Report of the Indian Hemp Drugs Commission, 1894-1895 - Volume II
Year: 1894
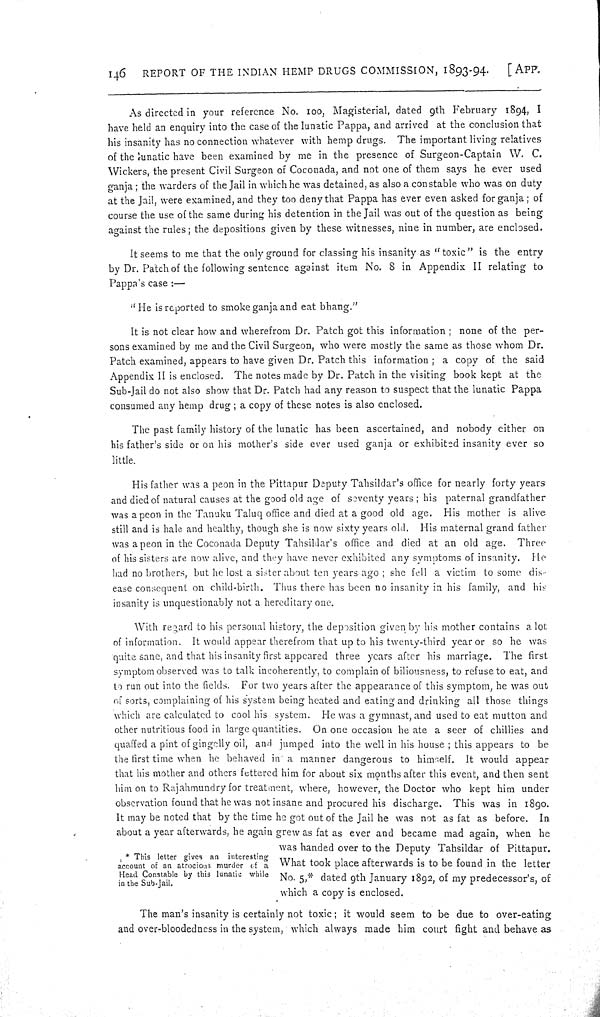
146
REPORT OF THE INDIAN HEMP DRUGS COMMISSION, 1893-94.
[APP.
As directed in your reference No. 100, Magisterial, dated 9th February 1894, I
have held an enquiry into the case of the lunatic Pappa, and arrived at the conclusion that
his insanity has no connection whatever with hemp drugs. The important living relatives
of the lunatic have been examined by me in the presence of Surgeon-Captain W. C.
Wickers, the present Civil Surgeon of Coconada, and not one of them says he ever used
ganja; the warders of the Jail in which he was detained, as also a constable who was on duty
at the Jail, were examined, and they too deny that Pappa has ever even asked for ganja; of
course the use of the same during his detention in the Jail was out of the question as being
against the rules; the depositions given by these witnesses, nine in number, are enclosed.
It seems to me that the only ground for classing his insanity as "toxic" is the entry
by Dr. Patch of the following sentence against item No. 8 in Appendix II relating to
Pappa's case:—
"He is reported to smoke ganja and eat bhang."
It is not clear how and wherefrom Dr. Patch got this information; none of the per
sons examined by me and the Civil Surgeon, who were mostly the same as those whom Dr.
Patch examined, appears to have given Dr. Patch this information; a copy of the said
Appendix II is enclosed. The notes made by Dr. Patch in the visiting book kept at the
Sub-Jail do not also show that Dr. Patch had any reason to suspect that the lunatic Pappa
consumed any hemp drug; a copy of these notes is also enclosed.
The past family history of the lunatic has been ascertained, and nobody either on
his father's side or on his mother's side ever used ganja or exhibited insanity ever so
little.
His father was a peon in the Pittapur Deputy Tahsildar's office for nearly forty years
and died of natural causes at the good old age of seventy years; his paternal grandfather
was a peon in the Tanuku Taluq office and died at a good old age. His mother is alive
still and is hale and healthy, though she is now sixty years old. His maternal grand father
was a peon in the Coconada Deputy Tahsildar's office and died at an old age. Three
of his sisters are now alive, and they have never exhibited any symptoms of insanity. He
had no brothers, but he lost a sister about ten years ago; she fell a victim to some dis
ease consequent on child-birth. Thus there has been no insanity in his family, and his
insanity is unquestionably not a hereditary one.
*This letter gives an interesting
account of an atrocious murder of a
Head Constable by this lunatic while
in the Sub-Jail.
With regard to his personal history, the deposition given by his mother contains a lot
of information. It would appear therefrom that up to his twenty-third year or so he was
quite sane, and that his insanity first appeared three years after his marriage. The first
symptom observed was to talk incoherently, to complain of biliousness, to refuse to eat, and
to run out into the fields. For two years after the appearance of this symptom, he was out
of sorts, complaining of his system being heated and eating and drinking all those things
which are calculated to cool his system. He was a gymnast, and used to eat mutton and
other nutritious food in large quantities. On one occasion he ate a seer of chillies and
quaffed a pint of gingelly oil, and jumped into the well in his house; this appears to be
the first time when he behaved in a manner dangerous to himself. It would appear
that his mother and others fettered him for about six months after this event, and then sent
him on to Rajahmundry for treatment, where, however, the Doctor who kept him under
observation found that he was not insane and procured his discharge. This was in 1890.
It may be noted that by the time he got out of the Jail he was not as fat as before. In
about a year afterwards, he again grew as fat as ever and became mad again, when he
was handed over to the Deputy Tahsildar of Pittapur.
What took place afterwards is to be found in the letter
No. 5,* dated 9th January 1892, of my predecessor's, of
which a copy is enclosed.
The man's insanity is certainly not toxic; it would seem to be due to over-eating
and over-bloodedness in the system, which always made him court fight and behave as